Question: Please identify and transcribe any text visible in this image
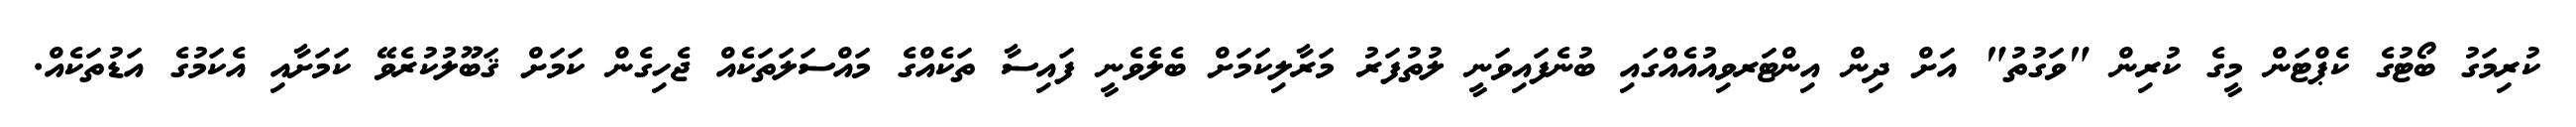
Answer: ކުރިމަގު ބޯޓުގެ ކެޕްޓަން މީގެ ކުރިން "ވަގުތު" އަށް ދިން އިންޓަރވިއުއެއްގައި ބުނެފައިވަނީ ލުތުފަރު މަރާލިކަމަށް ބެލެވެނީ ފައިސާ ތަކެއްގެ މައްސަލަތަކެއް ޖެހިގެން ކަމަށް ޤަބޫލުކުރެވޭ ކަމަށާއި އެކަމުގެ އަޑުތަކެއް.